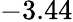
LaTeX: -3.44